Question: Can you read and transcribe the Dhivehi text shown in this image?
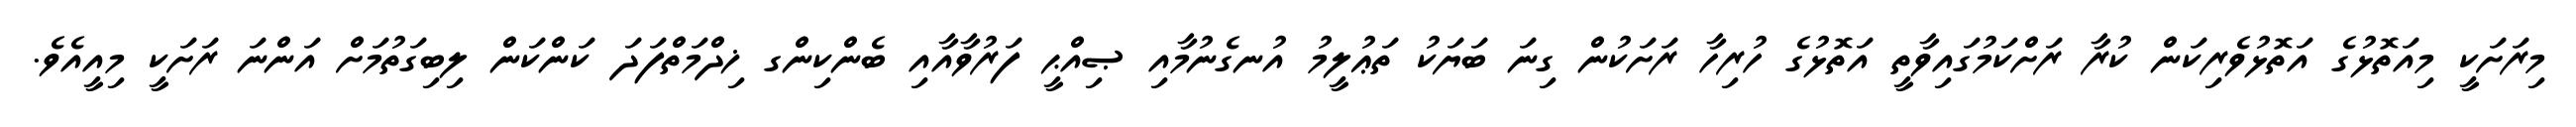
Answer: މިރަށަކީ މިއަތޮޅުގެ އަތޮޅުވެރިކަން ކުރާ ރަށްކަމުގައިވާތީ އަތޮޅުގެ ހުރިހާ ރަށަކުން ގިނަ ބަޔަކު ތަޢުލީމު އުނގެނުމާއި ޞިއްޙީ ފަރުވާއާއި ބެންކިންގ ޚިދްމަތްފަދަ ކަންކަން ލިބިގަތުމަށް އަންނަ ރަށަކީ މިއީއެވެ.